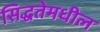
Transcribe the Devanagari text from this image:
सिद्धतेमधील